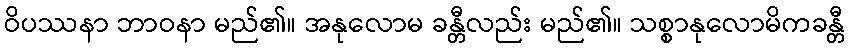
ဝိပဿနာ ဘာဝနာ မည်၏။ အနုလောမ ခန္တီလည်း မည်၏။ သစ္စာနုလောမိကခန္တီ